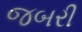
જબરી